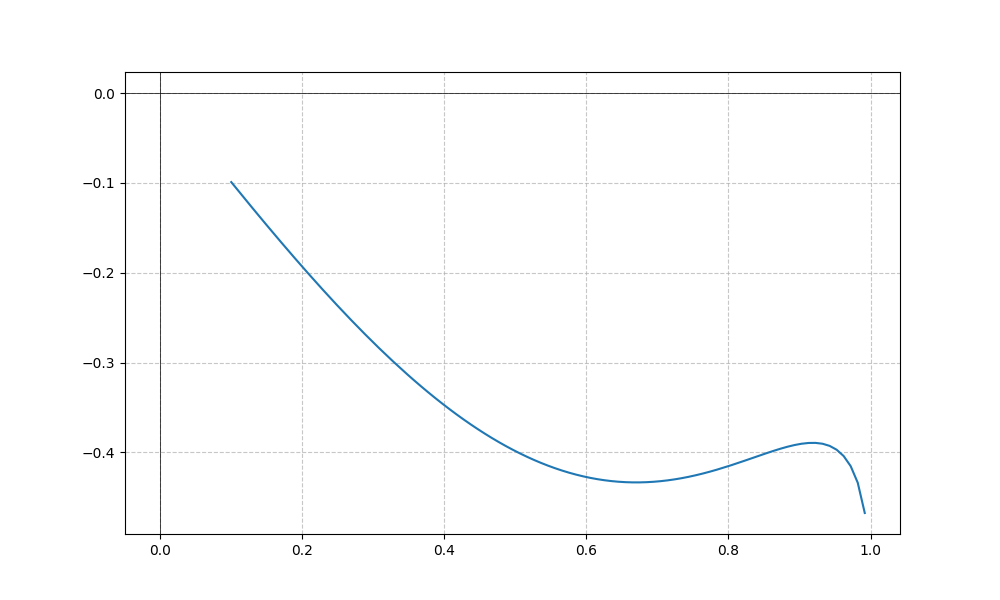
LaTeX formula: x^{3} - \operatorname{asin}{\left(x \right)}